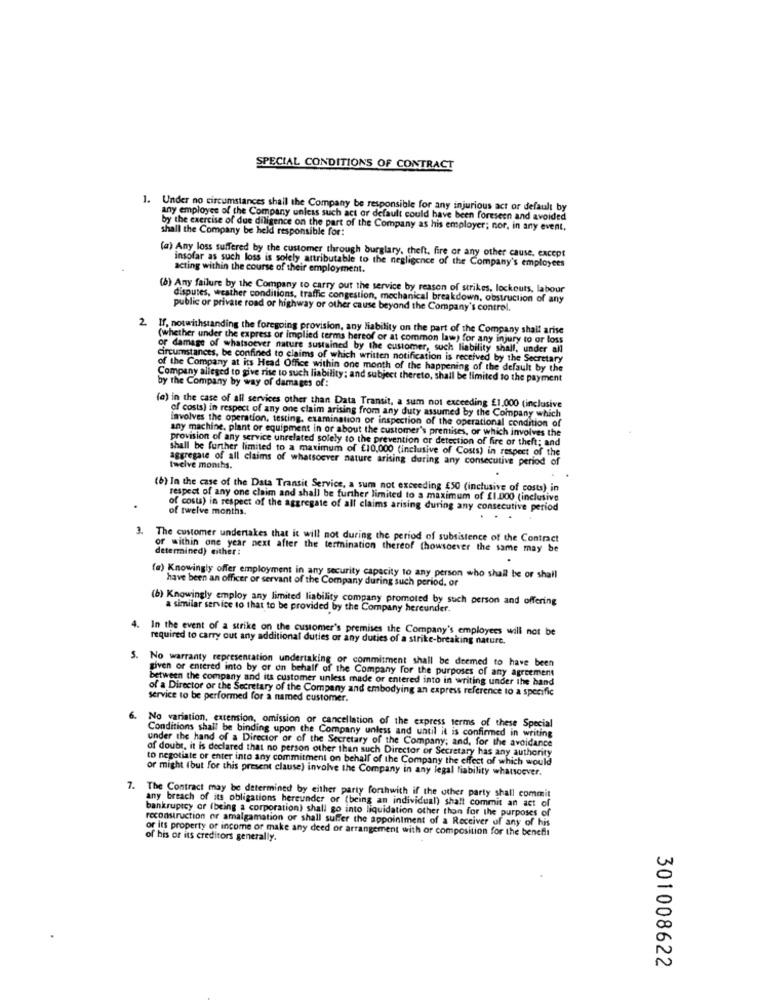
SPECIAL CONDITIONS OF CONTRACT
1. Under no circumstances shall the Company be responsible for any injurious act or default by
any employee of the Company unless such act or default could have been foreseen and avoided
shall the Company be held responsible for:
by the exercise of due diligence on the part of the Company as his employer; nor, in any event.
(a) Any loss suffered by the customer through burglary, theft, fire or any other cause. except
insofar as such loss is solely attributable to the negligence of the Company's employees
acting within the course of their employment.
(8) Any failure by the Company to carry out the service by reason of strikes, lockouts, labour
disputes, weather conditions, traffic congestion, mechanical breakdown, obstruction of any
public or private road or highway or other cause beyond the Company's control.
2. If. notwithstanding the foregoing provision, any liability on the part of the Company shall arise
(whether under the express or implied terms hereof or at common law) for any injury to or loss
or damage of whatsoever nature sustained by the customer, such liability shall, under all
circumstances, be confined to claims of which written notification is received by the Secretary
of the Company at its Head Office within one month of the happening of the default by the
Company alleged to give rise to such liability; and subject thereto, shall be limited to the payment
by the Company by way of damages of :
(a) in the case of all services other than Data Transit, a sum not exceeding £1.000 (inclusive
of costs) in respect of any one claim arising from any duty assumed by the Company which
involves the operation, testing, examination of inspection of the operational condition of
any machine, plant or equipment in or about the customer's premises, or which involves the
provision of any service unrelated solely to the prevention or detection of fire or theft; and
shall be further limited to a maximum of £10,000 (inclusive of Costs) in respect of the
aggregate of all claims of whatsoever nature arising during any consecutive period of
twelve months.
(b) In the case of the Data Transit Service, a sum not exceeding £50 (inclusive of costs) in
respect of any one claim and shall be further limited to a maximum of £1.000 (inclusive
of twelve months.
of costs) in respect of the aggregate of all claims arising during any consecutive period
The customer undertakes that it will not during the period of subsistence of the Contract
determined) either :
or within one year next after the termination thereof (howsoever the same may be
(a) Knowingly offer employment in any security capacity to any person who shall be or shall
have been an officer or servant of the Company during such period. or
(b) Knowingly employ any limited liability company promoted by such person and offering
a similar service to that to be provided by the Company hereunder.
4.
In the event of a strike on the customer's premises the Company's employees will not be
required to carry out any additional duties or any duties of a strike-breaking nature.
S.
No warranty representation undertaking or commitment shall be deemed to have been
given or entered into by or on behalf of the Company for the purposes of any agreement
between the company and its customer unless made or entered into in writing under the hand
of a Director or the Secretary of the Company and embodying an express reference to a specific
service to be performed for a named customer.
6.
Conditions shall be binding upon the Com
No variation, extension, omission or cancellation of the express terms of these Special
under the hand of a Director of of the Secretary of the Company; and, for the avoidance
the Company unless and until it is confirmed in writing
of doubt, it is declared that no person other than such Director of Secretary has any authority
to negotiate or enter into any commitment on behalf of the Company the effect of which would
or might (but for this present clause) involve the Company in any legal fiability whatsoever.
The Contract may be determined by either party forthwith if the other party shall commit
any breach of its obligations hereunder or (being an individual) shalt commit an act of
bankruptcy or (being a corporation) shall go into liquidation other than for the purposes of
reconstruction or amalgamation or shall suffer the appointment of a Receiver of any of his
or its property of income or make any deed or arrangement with or composition for the benefit
of his or its creditors generally.
301008622